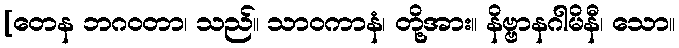
[တေန ဘဂဝတာ၊ သည်။ သာဝကာနံ၊ တို့အား။ နိဗ္ဗာနဂါမိနီ၊ သော။